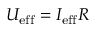
U _ { \mathrm { e f f } } = I _ { \mathrm { e f f } } R